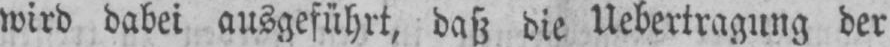
wird dabei ausgeführt, daß die Uebertragung der